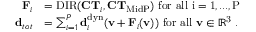
\begin{array} { r l } { \mathbf { F } _ { i } } & { = \mathrm { D I R } ( \mathbf { C T } _ { i } , \mathbf { C T } _ { \mathrm { M i d P } } ) \mathrm { ~ f o r ~ a l l ~ i = 1 , . . . , P ~ } } \\ { \mathbf { d } _ { t o t } } & { = \sum _ { i = 1 } ^ { P } \mathbf { d } _ { i } ^ { \mathrm { d y n } } ( \mathbf { v } + \mathbf { F } _ { i } ( \mathbf { v } ) ) \mathrm { ~ f o r ~ a l l ~ \mathbf { v } \in \mathbb { R } ^ 3 ~ . } } \end{array}